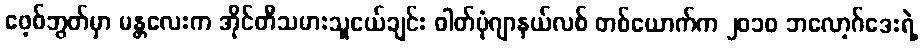
ဖေ့စ်ဘွတ်မှာ မန္တလေးက အိုင်တီသမားသူငယ်ချင်း ဓါတ်ပုံဂျာနယ်လစ် တစ်ယောက်က ၂၀၁၀ ဘလော့ဂ်ဒေးရဲ့